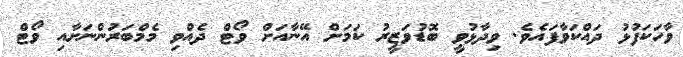
ވާހަކަފުޅު ދައްކަވާފައެވެ. ވިދާޅުވީ ބޮޑުވަޒީރު ކަމަށް އޭނާއަށް ވޯޓް ދެއްވި މެމްބަރުންނަށާއި ވޯޓް